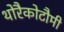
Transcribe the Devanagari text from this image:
थोरैकोटौमी